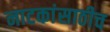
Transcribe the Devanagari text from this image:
नाटकांसाठीच